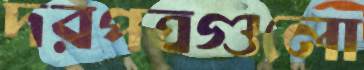
দরপত্রগুলো